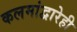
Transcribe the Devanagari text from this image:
कलमांद्वारेही